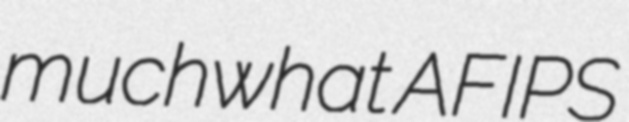
muchwhat AFIPS